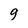
Character: g